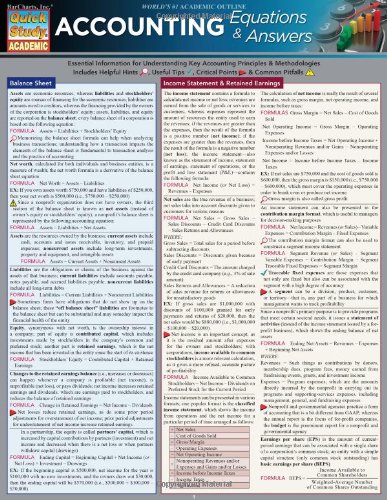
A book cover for Accounting Equations & Answers; Inc. BarCharts; Business & Money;